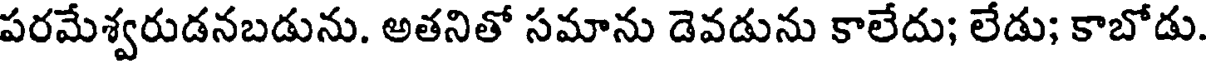
పరమేశ్వరుడనబడును. అతనితో సమాను డెవడును కాలేదు; లేడు; కాబోడు.